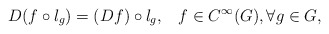
\begin{align*} D(f \circ l_g)=(Df) \circ l_g, \;\;\; f\in C^\infty(G), \forall g \in G,\end{align*}